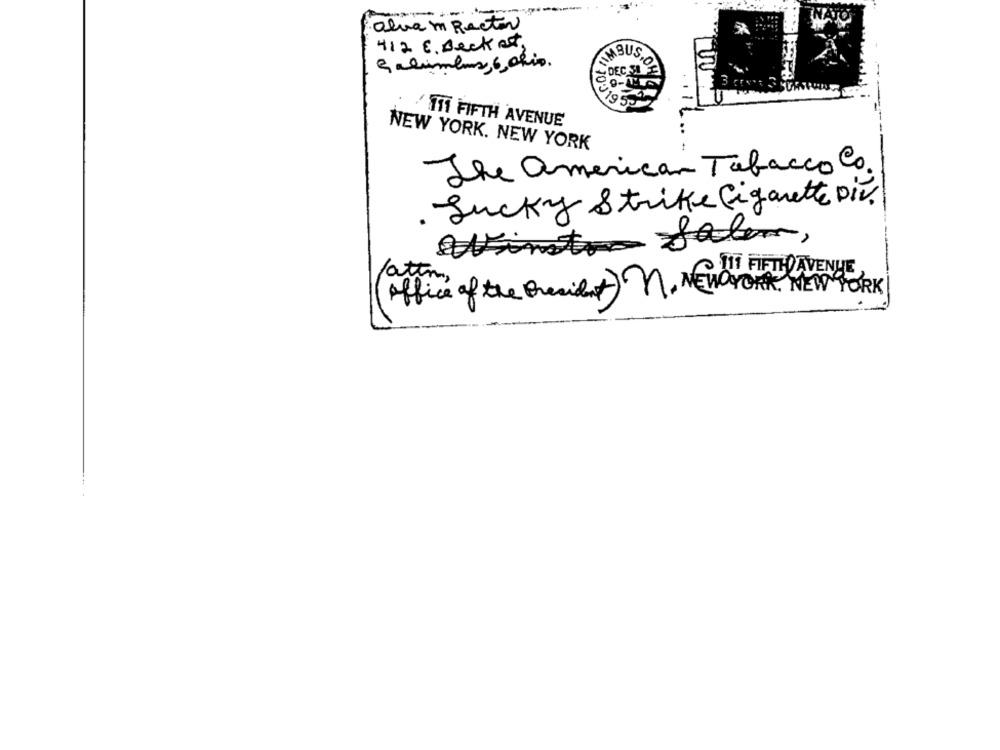
-
alva m Rector
412 E. Beck at,
Galambos, 6, ohio.
NIMBUSIO
DEC SI
195
TI1 FIFTH AVENUE
NEW YORK. NEW YORK
The american Tobacco Co.
Lucky Strike Cigarette Div.
falem,
fatto,
office of the President) M. NEW YORK, NEW YORK